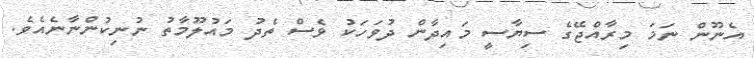
އެނޫން ނަމަ މިރާއްޖޭގެ ސިޔާސީ މައިދާން ދުވަހަކު ވެސް ތެދު މައުލޫމާތު ނުނިކުންނާނެއެވެ.